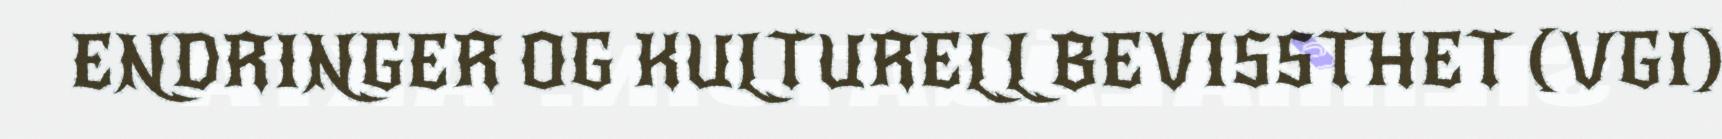
ENDRINGER OG KULTURELL BEVISSTHET (VGI)